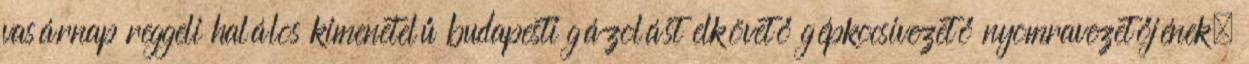
vasárnap reggeli halálos kimenetelű budapesti gázolást elkövető gépkocsivezető nyomravezetőjének.